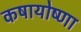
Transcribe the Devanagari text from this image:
कषायोष्णा